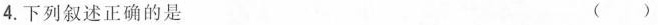
4.下列叙述正确的是 ( )